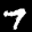
Label: 7